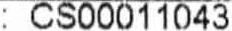
: CS00011043